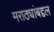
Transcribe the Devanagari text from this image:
मराठ्यांबद्दल